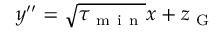
y ^ { \prime \prime } = \sqrt { \tau _ { \mathrm { ~ m ~ i ~ n ~ } } } x + z _ { \mathrm { ~ G ~ } }